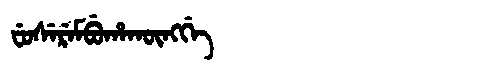
Manchu: ᠸᡠᠰᡝᡵᡝᠮᠪᡠᡥᠠᡴᡡᠩᡤᡝ
Romanization: FUSEREMBUHAKŪNGGE